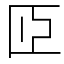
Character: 𦣝